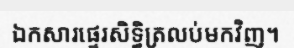
ឯកសារផ្ទេរសិទ្ធិត្រលប់មកវិញ។